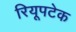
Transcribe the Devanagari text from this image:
रियूपटेक